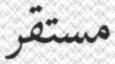
مستقر